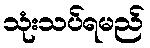
သုံးသပ်ရမည်